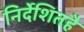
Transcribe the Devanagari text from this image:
निर्देशितहै